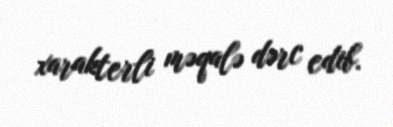
xarakterli məqalə dərc edib.